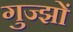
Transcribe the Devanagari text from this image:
गुज्झों